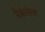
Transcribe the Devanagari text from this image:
नैरृत्येला